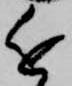
近